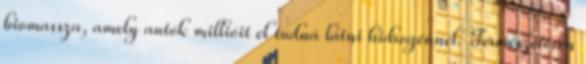
biomassza, amely autók millióit el tudná látni hidrogénnel. Természetesen